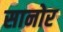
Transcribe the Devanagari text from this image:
सानोर